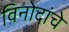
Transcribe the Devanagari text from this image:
विनोदांचे